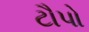
ટૌપો